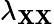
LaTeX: \lambda_{\mathbf{X}\mathbf{X}}